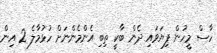
ހާސް މީހުން ފިޔަވައި ދެން ބާކީ ތިބި އެންމެންނަށް ހުޅުމާލެ 2 އިން